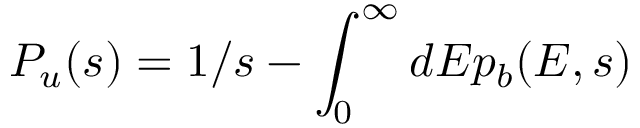
{ P } _ { u } ( s ) = 1 / s - \int _ { 0 } ^ { \infty } d E { p } _ { b } ( E , s )